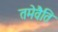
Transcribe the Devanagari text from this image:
तमेवैति